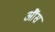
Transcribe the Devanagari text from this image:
आैंस